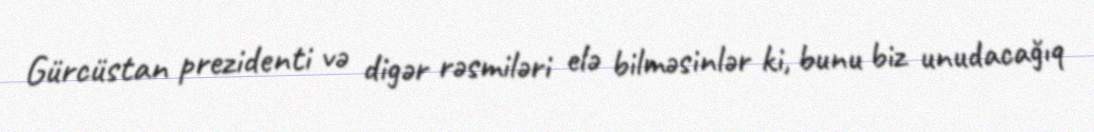
Gürcüstan prezidenti və digər rəsmiləri elə bilməsinlər ki, bunu biz unudacağıq